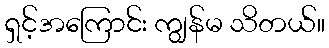
ရှင့်အကြောင်း ကျွန်မ သိတယ်။